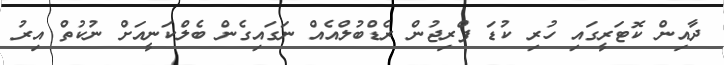
ދާއިން ކޮޓަރީގައި ހުރި ކުޑަ ފްރިޖުން ރެޑްބުލްއެއް ނަގައިގެން ބެލްކަނީއަށް ނުކުތް އިރު